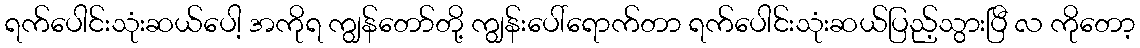
ရက်ပေါင်းသုံးဆယ်ပေါ့ အကိုရ ကျွန်တော်တို့ ကျွန်းပေါ်ရောက်တာ ရက်ပေါင်းသုံးဆယ်ပြည့်သွားပြီ လ ကိုတော့